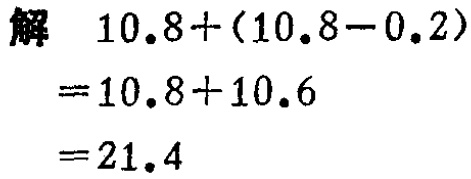
解

\[

\begin{align*}

&10.8+(10.8 - 0.2)\\

=&10.8 + 10.6\\

=&21.4

\end{align*}

\]